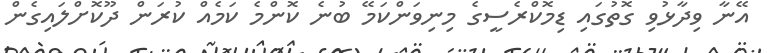
އޭނާ ވިދާޅުވި ގޮތުގައި ޑިމޮކްރެސީގެ މިނިވަންކަމޭ ބުނެ ކޮންމެ ކަމެއް ކުރަން ދޫކޮށްލައިގެން